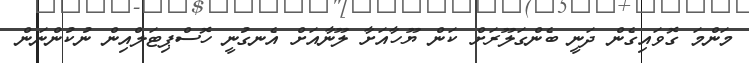
މަންމަ ގޮވައިގެން ދަނީ ބެންގަލޫރަށް ކަން ޔޫހާއަށާ ލޫނާއަށް އެނގުނީ ހޮސްޕިޓަލްއިން ނުކުންނަން